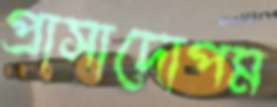
প্রাসাদোপম